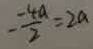
- \frac { - 4 a } { 2 } = 2 a